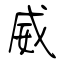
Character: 威